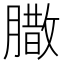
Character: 𮌼